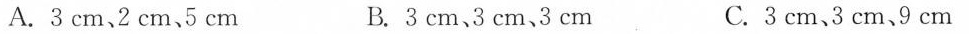
A.3cm、2cm5cm B.3cm、3cm、3cm C.3cm、3cm、9cm